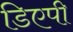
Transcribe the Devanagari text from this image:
डिएपी